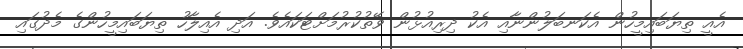
އެއީ ތިޔަބައިމީހުން އެކަނބަލުންނާއި އެކު ދިރިއުޅުން ވޭތުކުރުމަށްޓަކައެވެ. އަދި އެއިލާހު ތިޔަބައިމީހުންގެ މެދުގައި